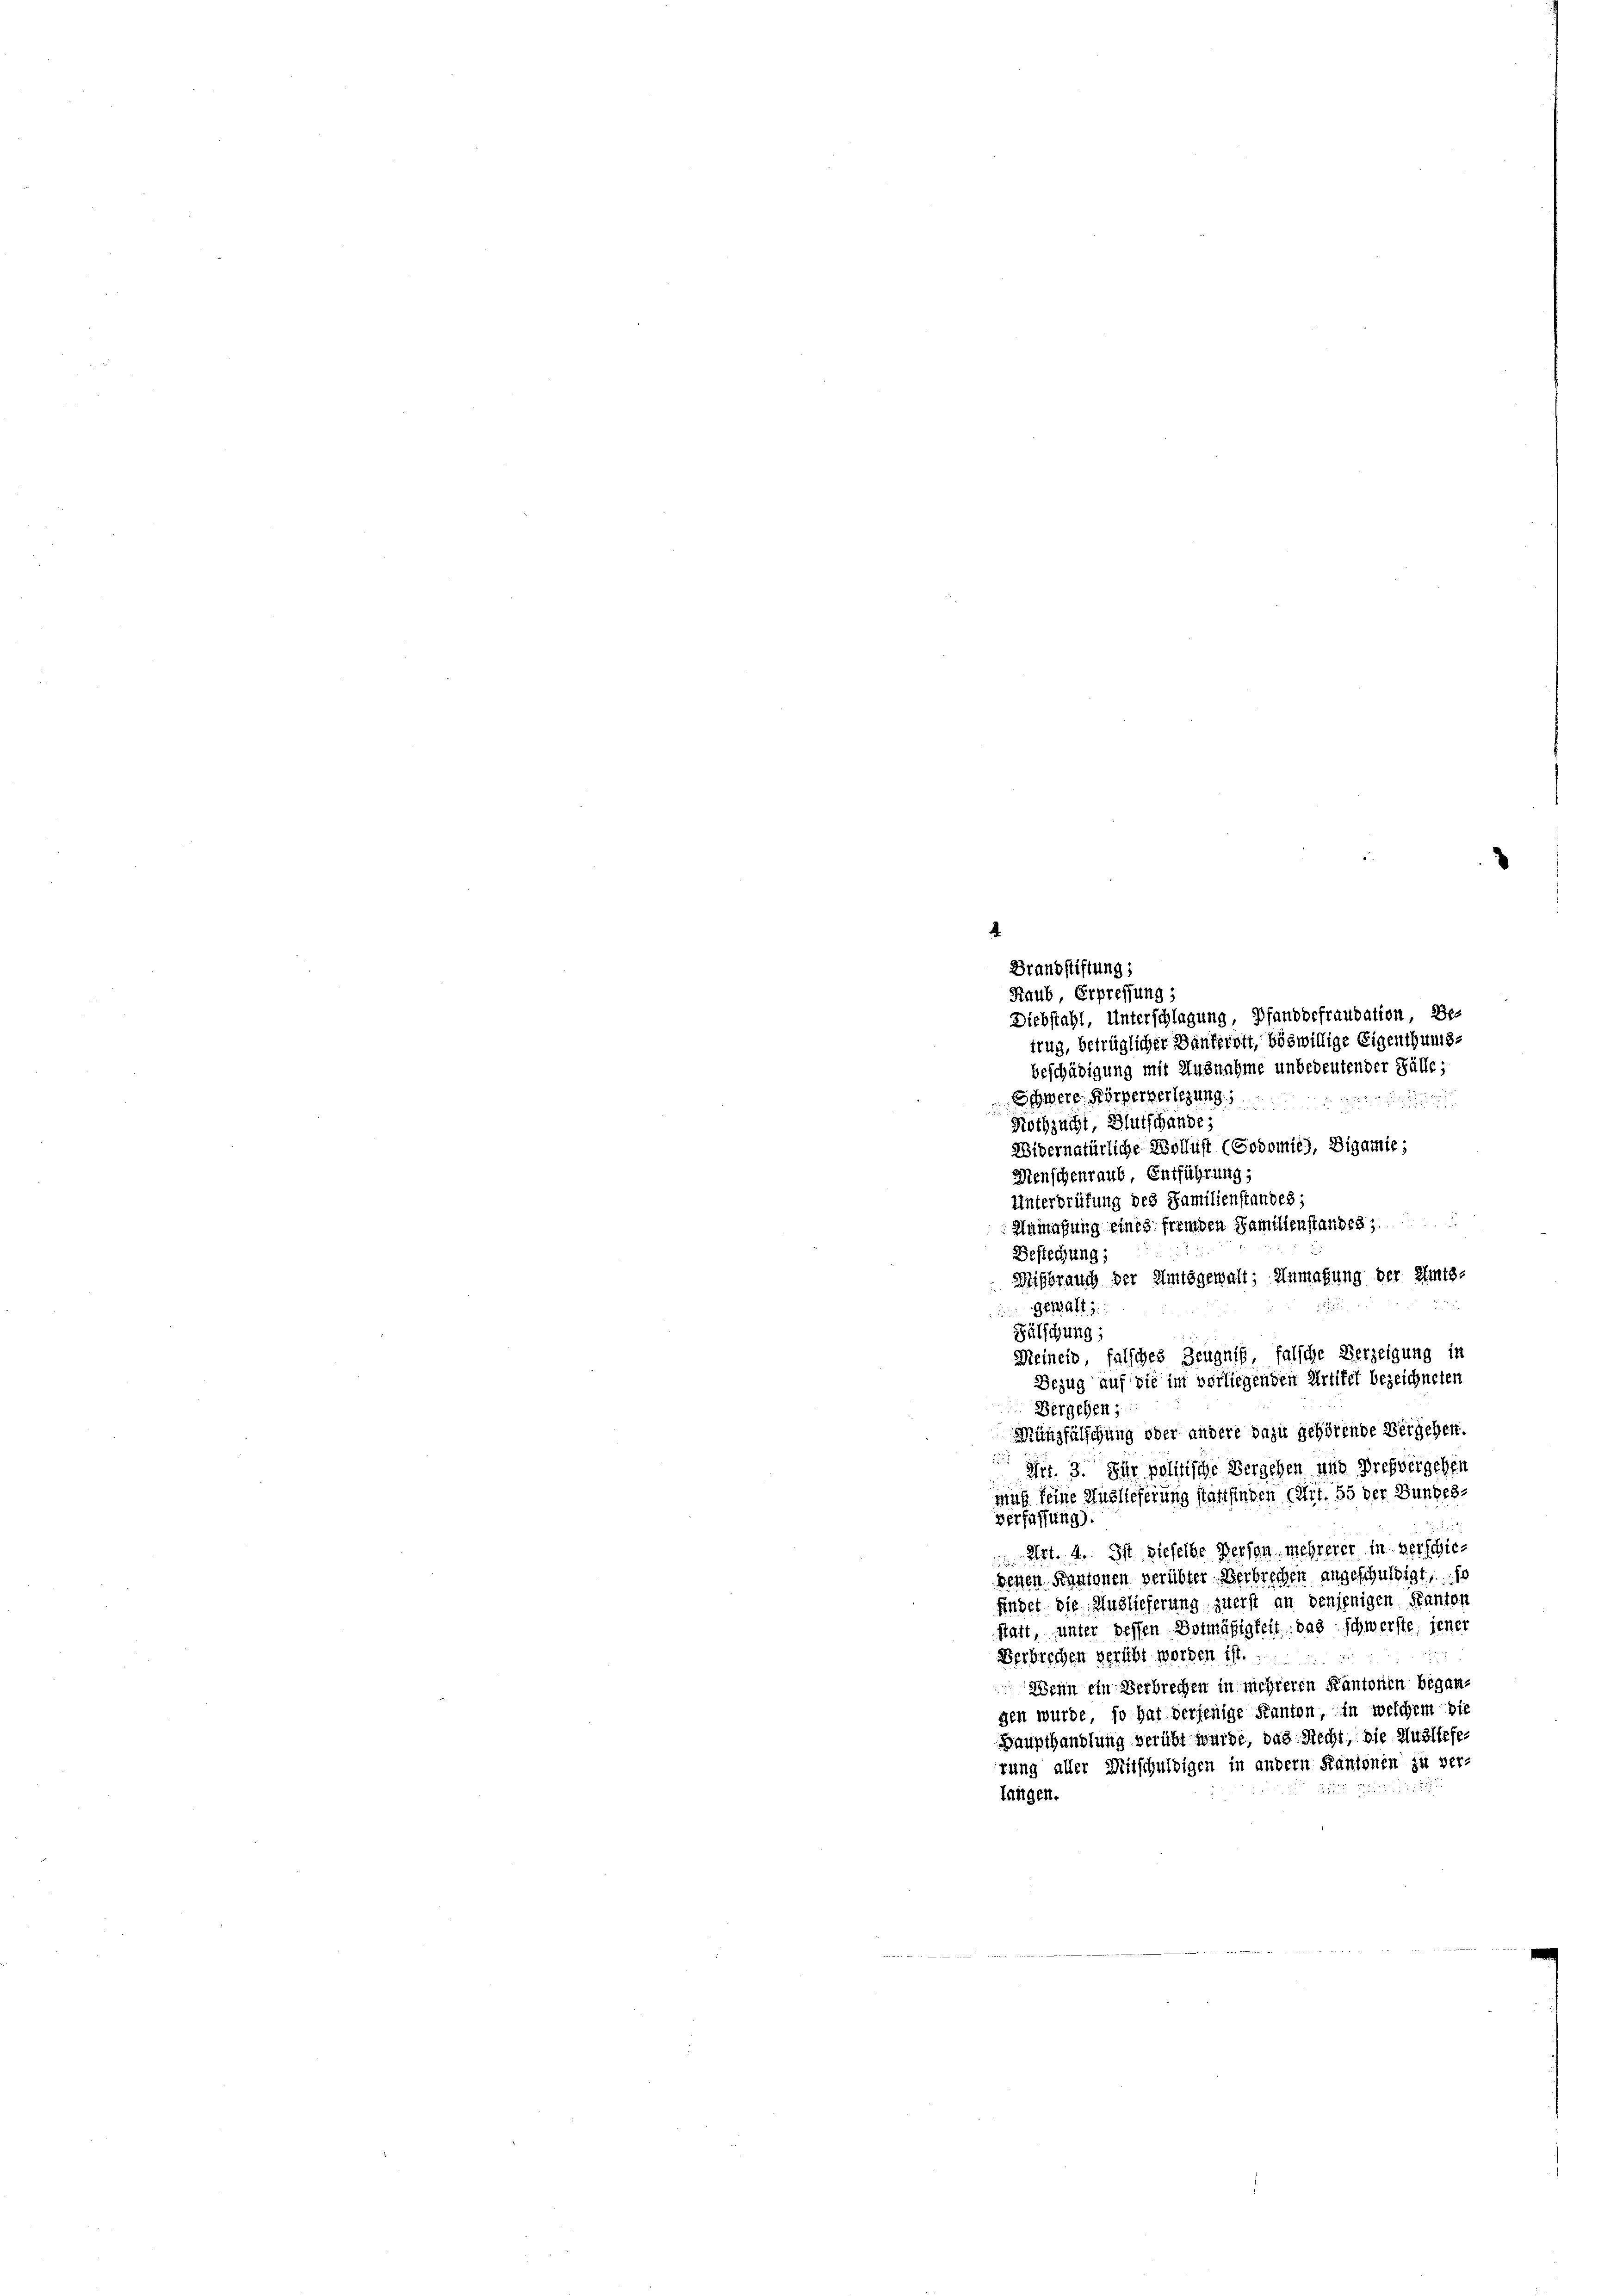
.
Brandstiftung;
Raub, Erpressung
Diebstahl, Unterschlagung, Pfanddefraudation, Bes
trug, betrüglicher Bankerott, böswillige Eigenthums-
beschädigung mit Ausnahme unbedeutender Fälle;
Schwere Körperverlegung,

Nothzucht, Blutschande;
Widernatürliche Wollust (Godomté), Digamie;
Menschenraub Entführung,
Unterdrüfung des Familienstandes;
.
Anmafung eines fremden Familienstandes;
25
Bestechung;
Mißbrauch der Amtsgewalt; Anmahung der Amts-
und
Gewalt
Fälschung,
Meineid falsches Zeugniß falsche Verzeigung in
Bezug auf die im vorliegenden Artikel bezeichneten
Bergehen;
Münzfälschung oder andere dazu gehörende Vergehen.
 Art. 3. Für politische Vergehen und Pressergehen
muß seine Auslieferung stattfinden (Art. 55 der Bundes-
Verfassung).
 Art. 4. In diefelbe Person mehrerer in verschiedenen Kantonen verübter Verbrechen angeschuldigt, so
findet die Auslieferung zuerst an denjenigen Kanton
statt, unter deffen Botmäßigkeit, das schwerste, jener
Verbrechen verübt worden ist.
Wenn ein Verbrechen in mehreren Kantonen begangen wurde, so hat derjenige Kanton, in welchem die
Haupthandlung verübt wurde, das Recht, die Auslieferung aller Mitschuldigen in andern Kantonen zu ver-

langen.
nommen we